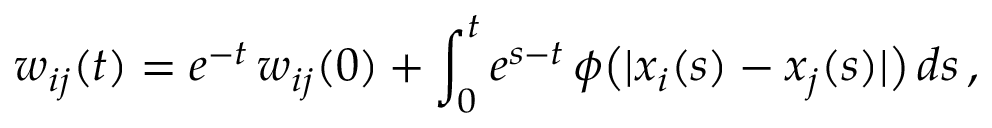
w _ { i j } ( t ) = e ^ { - t } \, w _ { i j } ( 0 ) + \int _ { 0 } ^ { t } e ^ { s - t } \, \phi \big ( | x _ { i } ( s ) - x _ { j } ( s ) | \big ) \, d s \, ,